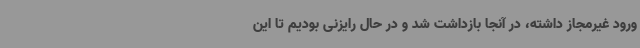
ورود غیرمجاز داشته، در آنجا بازداشت شد و در حال رایزنی بودیم تا این